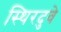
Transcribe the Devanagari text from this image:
स्थिरदुवे